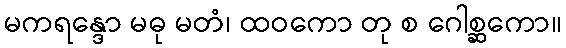
မကရန္ဒော မဓု မတံ၊ ထဝကော တု စ ဂေါစ္ဆကော။